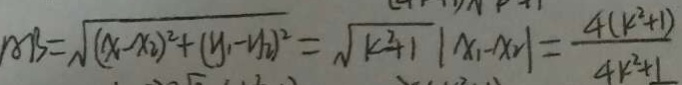
A B = \sqrt { ( x - x _ { 2 } ) ^ { 2 } + ( y _ { 1 } - y _ { 2 } ) ^ { 2 } } = \sqrt { k ^ { 2 } + 1 } \vert x _ { 1 } - x _ { 2 } \vert = \frac { 4 ( k ^ { 2 } + 1 ) } { 4 k ^ { 2 } + 1 }